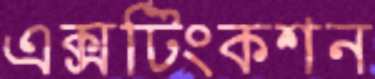
এক্সটিংকশন